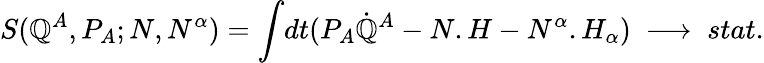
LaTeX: S(\mathbb{Q}^{A},P_{A};N,N^{\alpha})={\int}dt(P_{A}{\dot{{\mathbb{Q}}}}^{A}-N.H-N^{\alpha}.H_{\alpha})\ \longrightarrow\ stat.